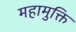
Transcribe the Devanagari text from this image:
महामुक्ति